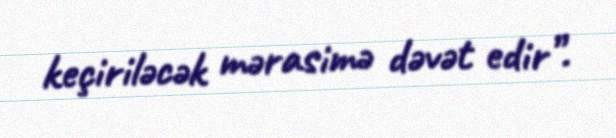
keçiriləcək mərasimə dəvət edir”.